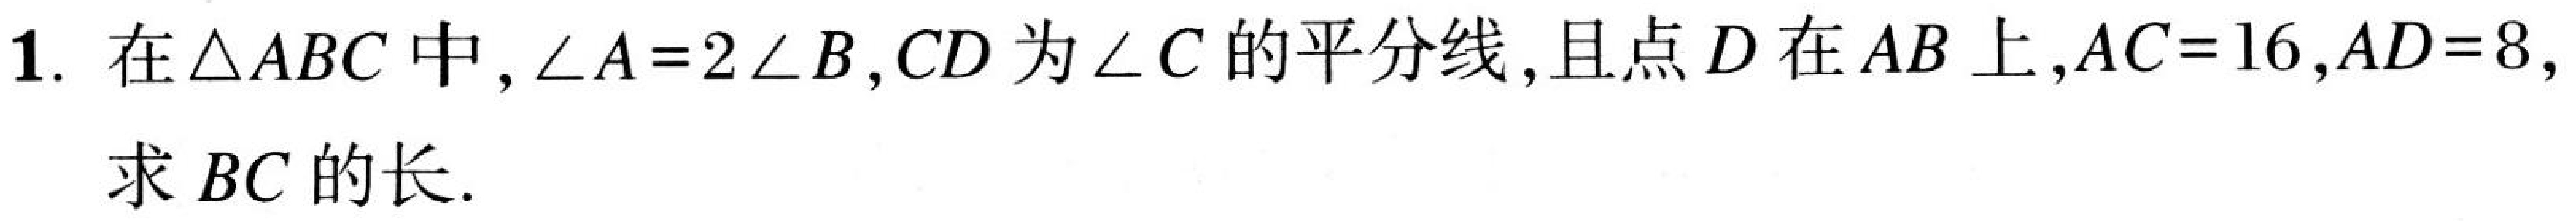
1. 在\(\triangle ABC\)中，\(\angle A = 2\angle B\)，\(CD\)为\(\angle C\)的平分线，且点\(D\)在\(AB\)上，\(AC = 16\)，\(AD = 8\)，
求\(BC\)的长.